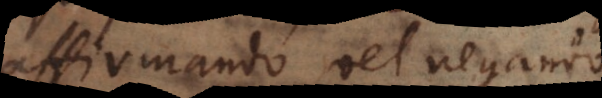
affirmando vel negando;